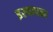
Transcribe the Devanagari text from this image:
इस्थापना